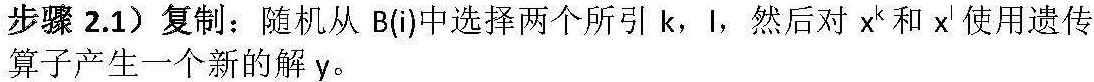
步骤 2.1）复制：随机从 B(i)中选择两个所引 k，l，然后对 \(x^{k}\) 和 \(x^{l}\) 使用遗传算子产生一个新的解 y。